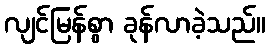
လျင်မြန်စွာ ခုန်လာခဲ့သည်။